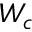
W _ { c }